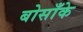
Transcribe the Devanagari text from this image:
बोसाँके